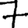
Digit: 7